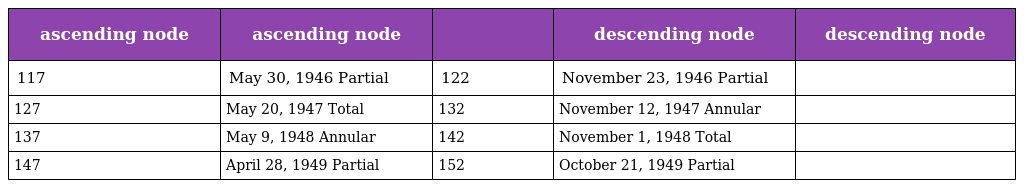
| ascending node | ascending node |  | descending node | descending node |
 | --- | --- | --- | --- | --- |
 | 117 | May 30, 1946 Partial | 122 | November 23, 1946 Partial |  |
 | 127 | May 20, 1947 Total | 132 | November 12, 1947 Annular |  |
 | 137 | May 9, 1948 Annular | 142 | November 1, 1948 Total |  |
 | 147 | April 28, 1949 Partial | 152 | October 21, 1949 Partial |  |